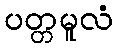
ပတ္တမူလံ